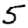
Digit: 5